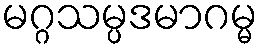
မဂ္ဂသမ္ပဒမာဂမ္မ